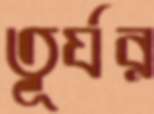
তূর্যর